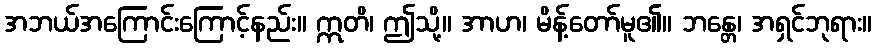
အဘယ်အကြောင်းကြောင့်နည်း။ ဣတိ၊ ဤသို့။ အာဟ၊ မိန့်တော်မူ၏။ ဘန္တေ၊ အရှင်ဘုရား။